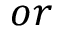
o r